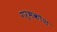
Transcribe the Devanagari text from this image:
गर्भकोश